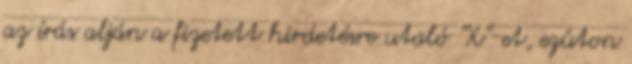
az írás alján a fizetett hirdetésre utaló "X"-et, ezúton